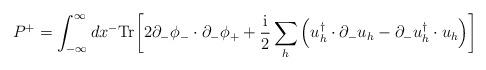
LaTeX: \begin{align*}P^+=\int ^\infty _{-\infty} dx^- \mbox{Tr} \biggl[2 \partial_- \phi_- \cdot \partial_- \phi_++ {{\rm i} \over 2} \sum_h \left ( u^\dagger_h \cdot\partial_- u_h -\partial_-u^\dagger_h \cdot u_h \right )\biggr ]\end{align*}